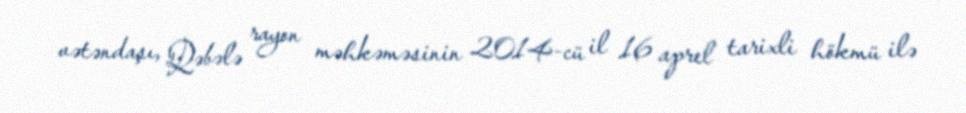
vətəndaşı, Qəbələ rayon məhkəməsinin 2014-cü il 16 aprel tarixli hökmü ilə